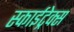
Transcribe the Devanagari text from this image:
स्काईट्रेक्स